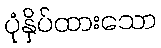
ပုံနှိပ်ထားသော